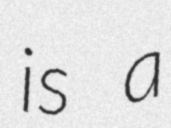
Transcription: is a